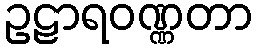
ဥဠာရဝဏ္ဏတာ